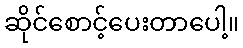
ဆိုင်စောင့်ပေးတာပေါ့။